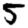
Digit: 5